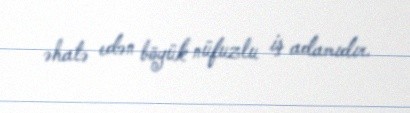
əhatə edən böyük nüfuzlu iş adamıdır.